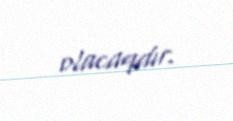
olacaqdır.